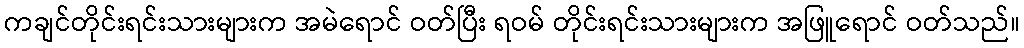
ကချင်တိုင်းရင်းသားများက အမဲရောင် ဝတ်ပြီး ရဝမ် တိုင်းရင်းသားများက အဖြူရောင် ဝတ်သည်။